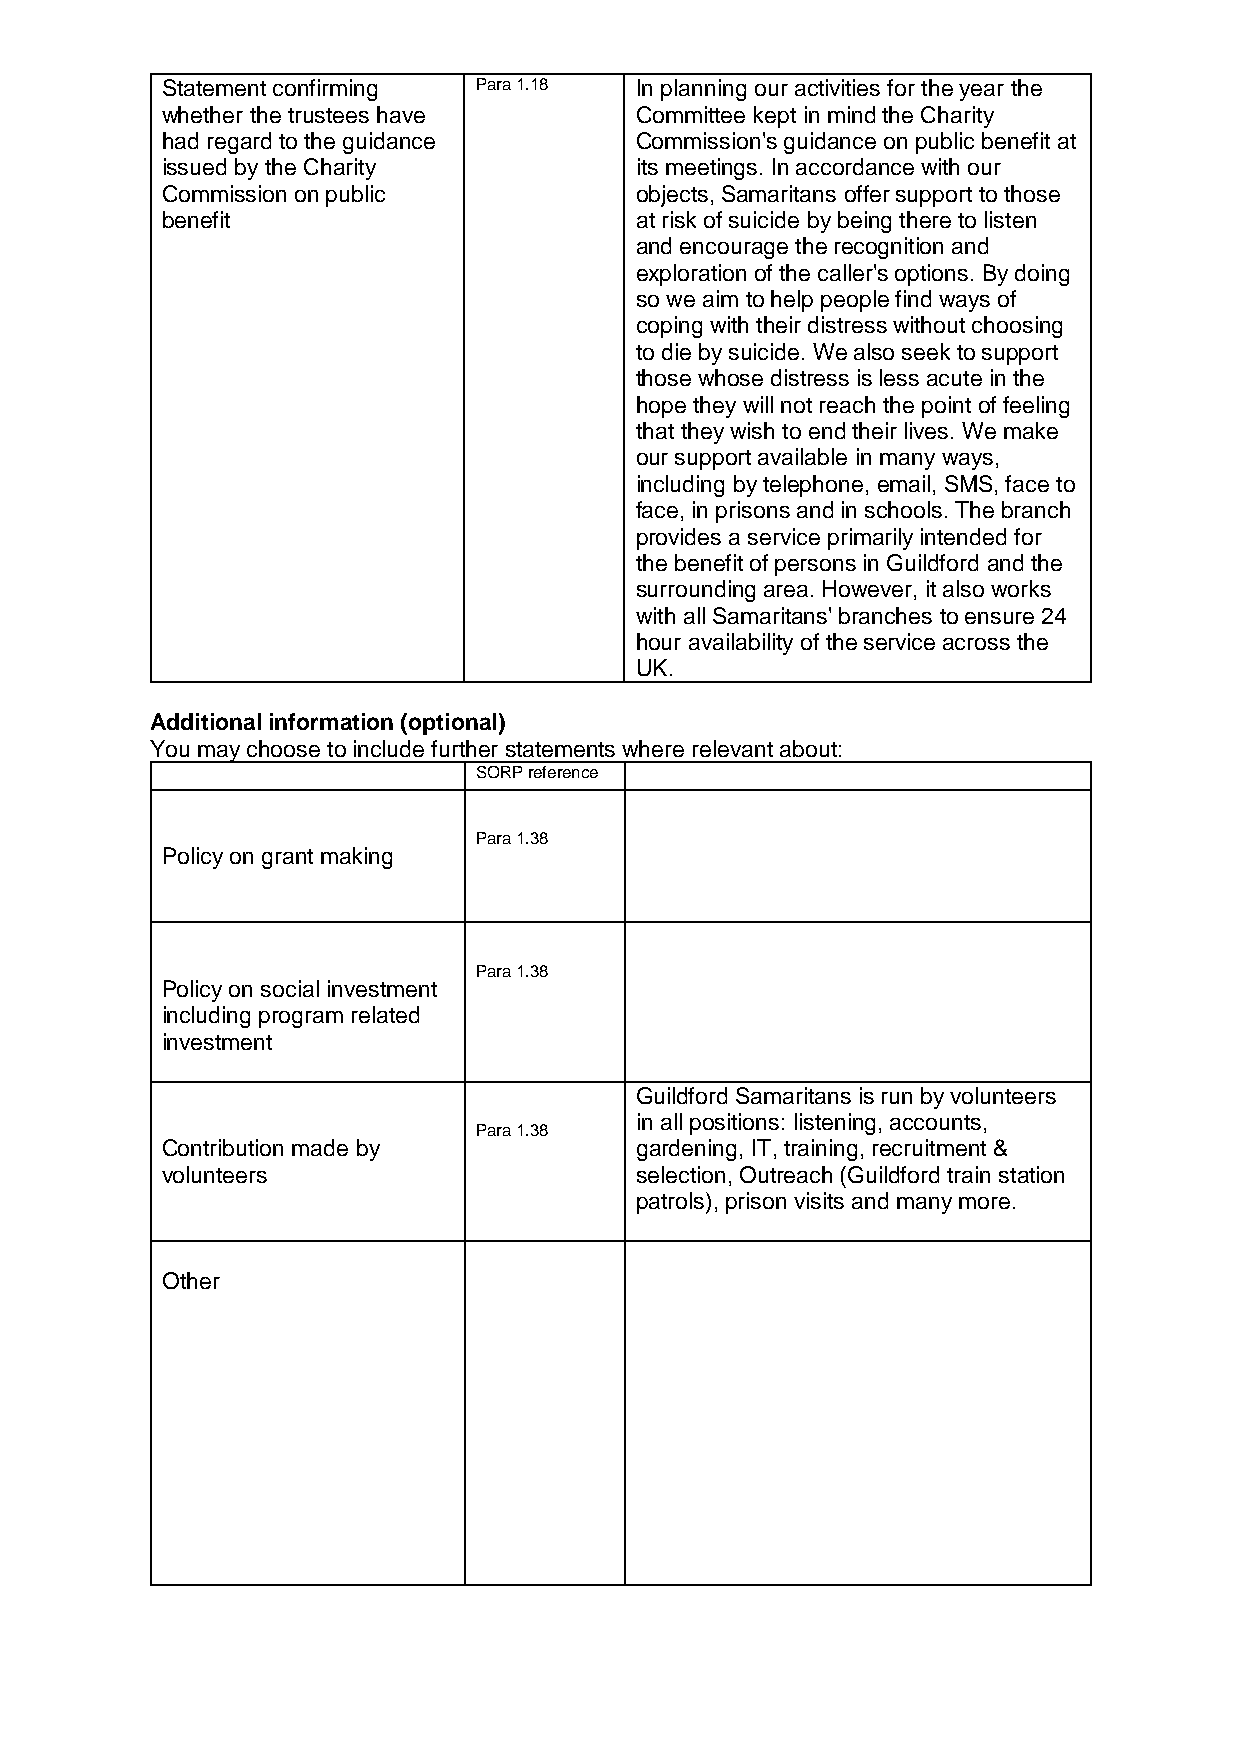
Statement confirming Para 1.18 In planning our activities for the year the
 whether the trustees have      Committee kept in mind the Charity
 had regard to the guidance     Commission's guidance on public benefit at
 issued by the Charity          its meetings. In accordance with our
 Commission on public           objects, Samaritans offer support to those
 benefit                        at risk of suicide by being there to listen
 and encourage the recognition and
 exploration of the caller's options. By doing
 so we aim to help people find ways of
 coping with their distress without choosing
 to die by suicide. We also seek to support
 those whose distress is less acute in the
 hope they will not reach the point of feeling
 that they wish to end their lives. We make
 our support available in many ways,
 including by telephone, email, SMS, face to
 face, in prisons and in schools. The branch
 provides a service primarily intended for
 the benefit of persons in Guildford and the
 surrounding area. However, it also works
 with all Samaritans' branches to ensure 24
 hour availability of the service across the
 UK.
 Additional information (optional)
 You may choose to include further statements where relevant about:
 SORP reference
 Para 1.38
 Policy on grant making
 Para 1.38
 Policy on social investment
 including program related
 investment
 Guildford Samaritans is run by volunteers
 in all positions: listening, accounts,
 Para 1.38
 Contribution made by           gardening, IT, training, recruitment &
 volunteers                     selection, Outreach (Guildford train station
 patrols), prison visits and many more.
 Other